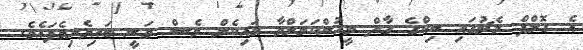
އެ ގޮލްފް މެޗުގައި ނިކްގެ ގާތް މީހުންކަމަށްވާ މައިކެލް ވެސް ވަނީ ބައިވެރިވެފައެވެ.